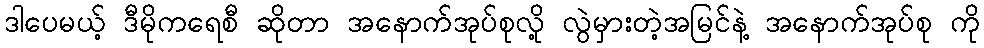
ဒါပေမယ့် ဒီမိုကရေစီ ဆိုတာ အနောက်အုပ်စုလို့ လွဲမှားတဲ့အမြင်နဲ့ အနောက်အုပ်စု ကို